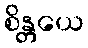
စိန္တယေ